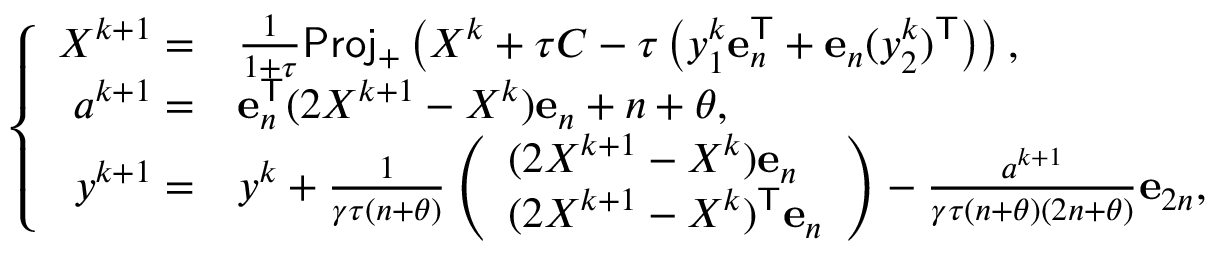
\left\{ \begin{array} { r l } { X ^ { k + 1 } = } & { \frac { 1 } { 1 + \tau } \mathsf { P r o j } _ { + } \left( X ^ { k } + \tau C - \tau \left( y _ { 1 } ^ { k } \mathbf { e } _ { n } ^ { \mathsf { T } } + \mathbf { e } _ { n } ( y _ { 2 } ^ { k } ) ^ { \mathsf { T } } \right) \right) , } \\ { a ^ { k + 1 } = } & { \mathbf { e } _ { n } ^ { \mathsf { T } } ( 2 X ^ { k + 1 } - X ^ { k } ) \mathbf { e } _ { n } + n + \theta , } \\ { y ^ { k + 1 } = } & { y ^ { k } + \frac { 1 } { \gamma \tau ( n + \theta ) } \left( \begin{array} { l } { ( 2 X ^ { k + 1 } - X ^ { k } ) \mathbf { e } _ { n } } \\ { ( 2 X ^ { k + 1 } - X ^ { k } ) ^ { \mathsf { T } } \mathbf { e } _ { n } } \end{array} \right) - \frac { a ^ { k + 1 } } { \gamma \tau ( n + \theta ) ( 2 n + \theta ) } \mathbf { e } _ { 2 n } , } \end{array} \right.